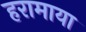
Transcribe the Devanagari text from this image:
हरामाया